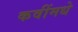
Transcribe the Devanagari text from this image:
कवींमधे